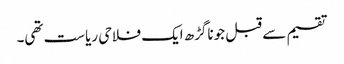
تقسیم سے قبل جوناگڑھ ایک فلاحی ریاست تھی۔